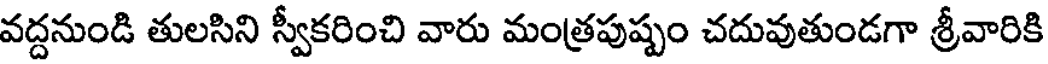
వద్దనుండి తులసిని స్వీకరించి వారు మంత్రపుష్పం చదువుతుండగా శ్రీవారికి